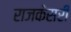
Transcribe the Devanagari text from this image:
राजकेसरी